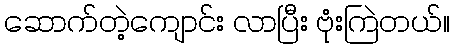
ဆောက်တဲ့ကျောင်း လာပြီး ဗုံးကြဲတယ်။